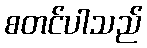
စတင်ပါသည်